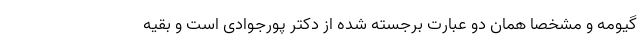
گیومه و مشخصا همان دو عبارت برجسته شده از دکتر پورجوادی است و بقیه